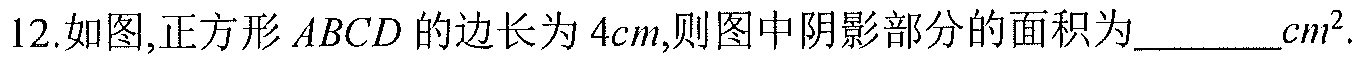
12. 如图,正方形$ABCD$的边长为$4cm$,则图中阴影部分的面积为_________$cm^{2}$.